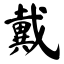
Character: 戴